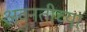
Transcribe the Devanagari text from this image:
अवनतीच्या